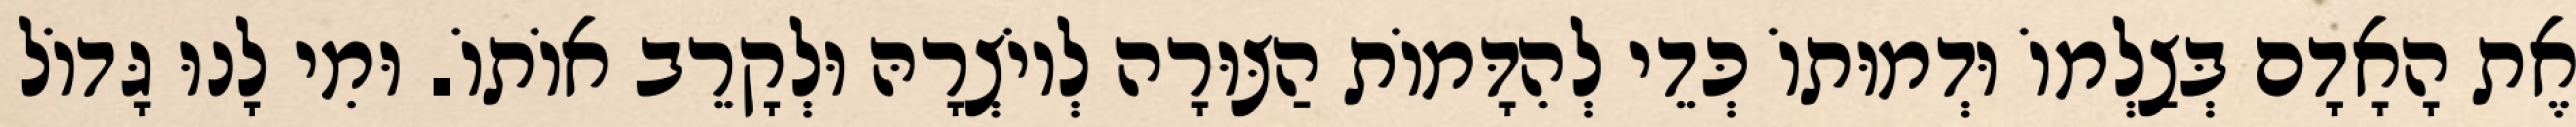
אֶת הָאָדָם בְּצַלְמוֹ וּדְמוּתוֹ כְּדֵי לְהִדָּמוֹת הַצּוּרָה לְיוֹצְרָהּ וּלְקָרֵב אוֹתוֹ. וּמִי לָנוּ גָּדוֹל